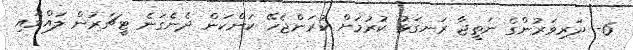
6- ދަރިވަރުންގެ ނަތީޖާ ރަނގަޅު ކުރުމަށް ކުރަންޖެހޭ ކަންކަން ދެނެގަނެ ޓީޗަރުން ލައްވައި